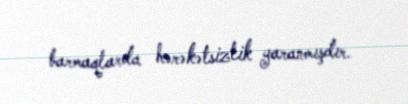
barmaqlarda hərəkətsizlik yaranmışdır.